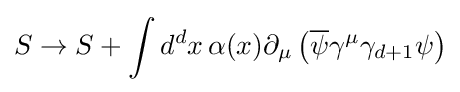
S\to S+\int d^{d}x\,\alpha (x)\partial _{\mu }\left({\overline {\psi }}\gamma ^{\mu }\gamma _{d+1}\psi \right)